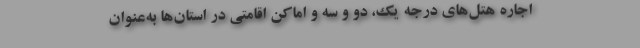
اجاره هتل‌های درجه یک، دو و سه و اماکن اقامتی در استان‌ها به‌عنوان